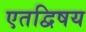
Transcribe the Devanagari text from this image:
एतद्विषय